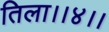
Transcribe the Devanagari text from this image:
तिला।।४।।